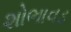
શોભાવડ